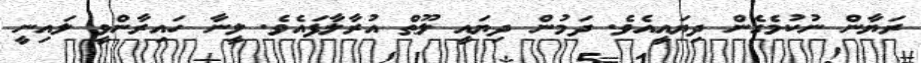
ރަޔާން ނުކުމެގެން ދިޔައީއެވެ. ދަމުން ދިޔައީ ލޫޠް އުރާލާފައެވެ. ލީނާ ހައިރާންވީ ލައިނީ